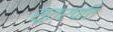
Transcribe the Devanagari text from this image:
सूत्रपति